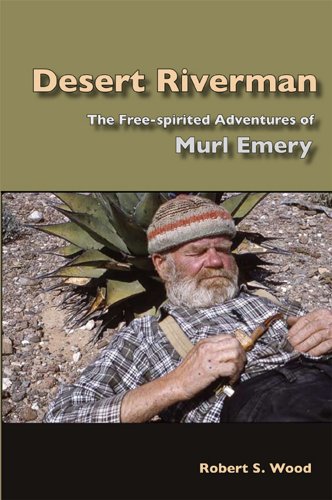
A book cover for Desert Riverman: The Free-spirited Adventures of Murl Emery; Robert S. Wood; Sports & Outdoors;